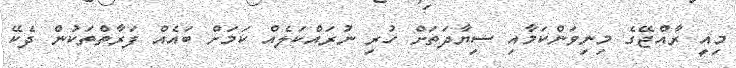
މިއީ ރާއްޖޭގެ މިނިވަންކަމާއި ސިޔާދަތަށް ހުރި ނުރައްކަލެއް ކަމަށް ބައެއް ފަރާތްތަކުން ދެކޭ